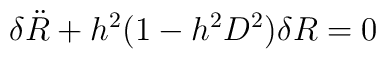
\delta {\ddot R} + h^2(1-h^2D^2) \delta R =0